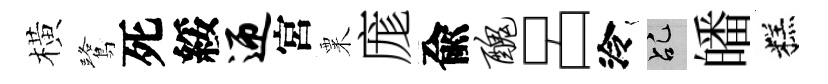
橫鷺死綏迎宮粟庬兪丑呂泠乩皤糕